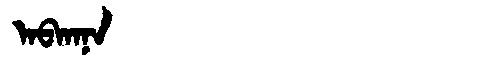
Manchu: ᠠᠪᡴᠠᠨᠠ
Romanization: ABKANA